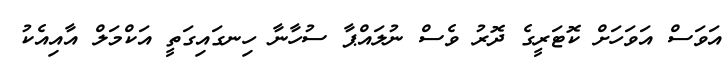
އަވަސް އަވަހަށް ކޮޓަރީގެ ދޮރު ވެސް ނުލައްޕާ ސުހާނާ ހިނގައިގަތީ އަކްމަލް އާއިއެކު